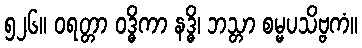
၅၂၆။ ဝရတ္တာ ဝဒ္ဓိကာ နဒ္ဓိ၊ ဘသ္တာ စမ္မပသိဗ္ဗကံ။